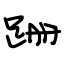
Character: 跚